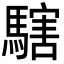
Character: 𩥌